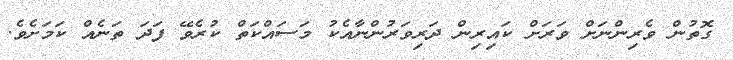
ގޮތުން ވެރިންނަށް ވަރަށް ކައިރިން ދަރިވަރުންނާއެކު މަސައްކަތް ކުރެވޭ ފަދަ ތަނެއް ކަމަށެވެ.